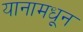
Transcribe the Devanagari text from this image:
यानामधून